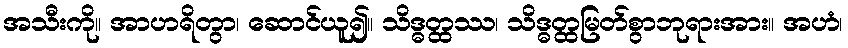
အသီးကို။ အာဟရိတွာ၊ ဆောင်ယူ၍။ သိဒ္ဓတ္ထဿ၊ သိဒ္ဓတ္ထမြတ်စွာဘုရားအား။ အဟံ၊